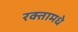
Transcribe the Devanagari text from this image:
रक्तामधे